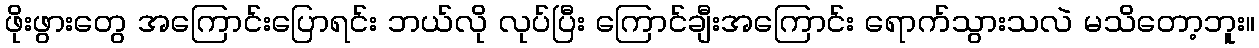
ဖိုးဖွားတွေ အကြောင်းပြောရင်း ဘယ်လို လုပ်ပြီး ကြောင်ချီးအကြောင်း ရောက်သွားသလဲ မသိတော့ဘူး။